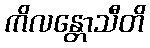
ကိလန္တောသီတိ